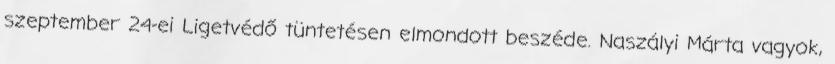
szeptember 24-ei Ligetvédő tüntetésen elmondott beszéde. Naszályi Márta vagyok,